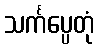
သင်္ကပ္ပေတုံ